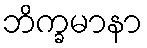
ဘိက္ခမာနာ